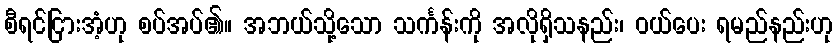
စီရင်ငြားအံ့ဟု စပ်အပ်၏။ အဘယ်သို့သော သင်္ကန်းကို အလိုရှိသနည်း၊ ဝယ်ပေး ရမည်နည်းဟု